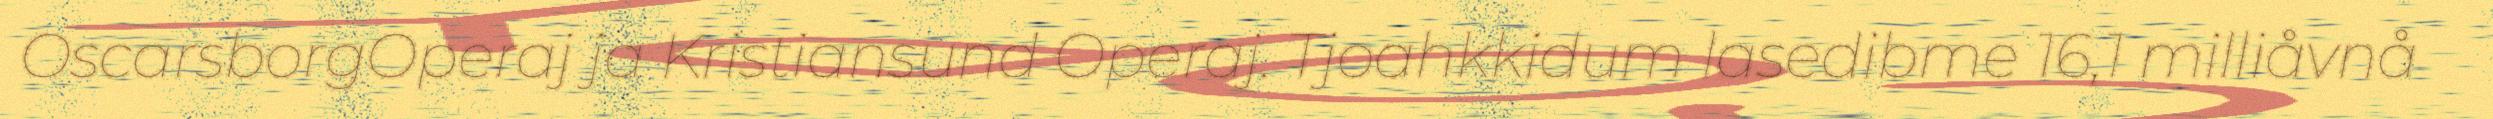
OscarsborgOperaj ja Kristiansund Operaj. Tjoahkkidum lasedibme 16,1 milliåvnå